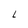
Character: L